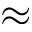
\approx